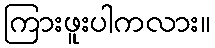
ကြားဖူးပါကလား။